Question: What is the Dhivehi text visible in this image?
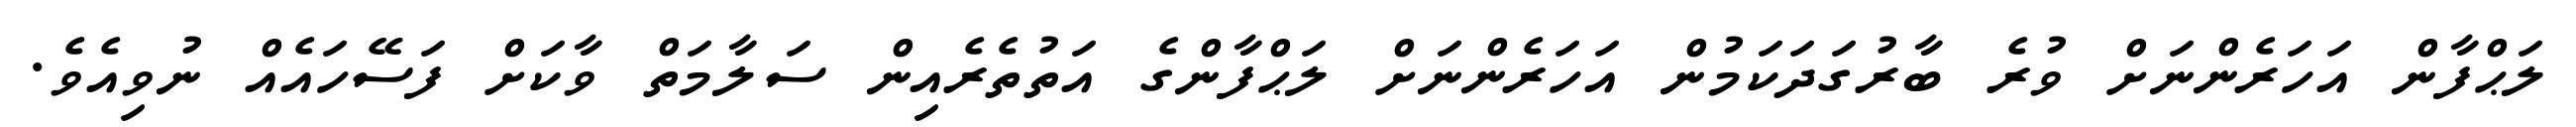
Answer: ލަޙްފާން އަހަރެންނަށް ވުރެ ބާރުގަދަކަމުން އަހަރެންނަށް ލަޙްފާންގެ އަތުތެރެއިން ސަލާމަތް ވާކަށް ފަސޭހައެއް ނުވިއެވެ.